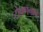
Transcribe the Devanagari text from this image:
टोपणनावः